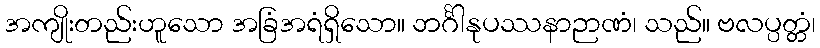
အကျိုးတည်းဟူသော အခြံအရံရှိသော။ ဘင်္ဂါနုပဿနာဉာဏံ၊ သည်။ ဗလပ္ပတ္တံ၊